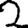
Digit: 2